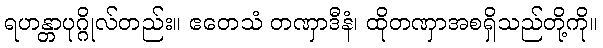
ရဟန္တာပုဂ္ဂိုလ်တည်း။ ဧတေသံ တဏှာဒီနံ၊ ထိုတဏှာအစရှိသည်တို့ကို။